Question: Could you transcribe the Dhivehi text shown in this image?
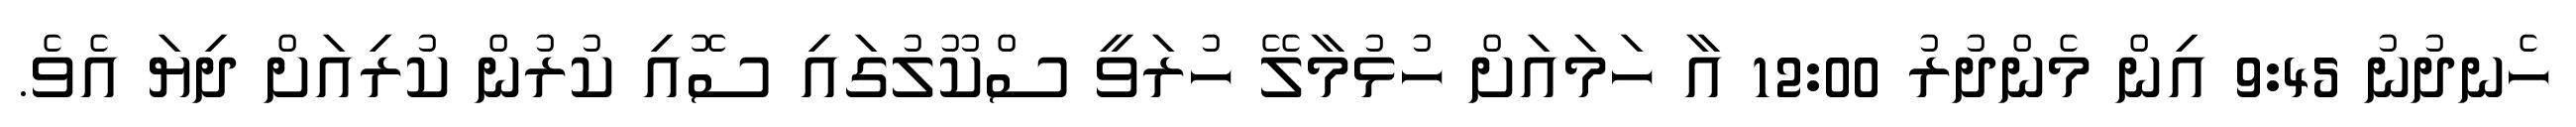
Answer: ހެނދުނު 9:45 އިން މެންދުރު 12:00 އާ ހަމައަށް ހުޅުމާލޭ ހުރަވީ ސްކޫލުގައި ސޮއި ކުރުން ކުރިއަށް ދިޔަ އެވެ.